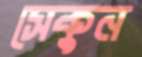
সেকুন